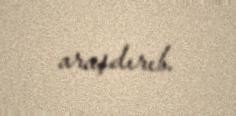
araşdırıb.